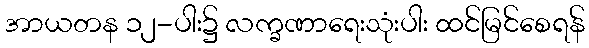
အာယတန ၁၂-ပါး၌ လက္ခဏာရေးသုံးပါး ထင်မြင်စေရန်